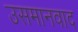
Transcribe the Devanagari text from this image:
उसमानवाद